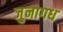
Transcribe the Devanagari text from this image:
जुनागध